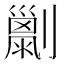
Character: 𠠌